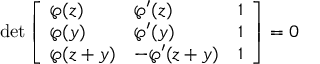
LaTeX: \operatorname* { d e t } { \left[ \begin{array} { l l l } { \wp ( z ) } & { \wp ^ { \prime } ( z ) } & { 1 } \\ { \wp ( y ) } & { \wp ^ { \prime } ( y ) } & { 1 } \\ { \wp ( z + y ) } & { - \wp ^ { \prime } ( z + y ) } & { 1 } \end{array} \right] } = 0